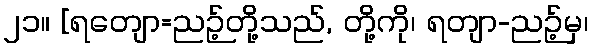
၂၁။ [ရတျော=ညဉ့်တို့သည်, တို့ကို၊ ရတျာ-ညဉ့်မှ၊